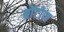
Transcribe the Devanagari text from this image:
ब्रोंटोण